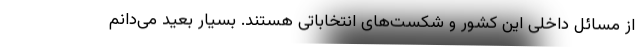
از مسائل داخلی این کشور و شکست‌های انتخاباتی هستند. بسیار بعید می‌دانم